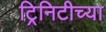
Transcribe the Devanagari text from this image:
ट्रिनिटीच्या